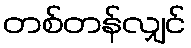
တစ်တန်လျှင်